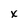
Character: x